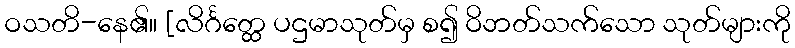
ဝသတိ-နေ၏။ [လိင်္ဂတ္ထေ ပဌမာသုတ်မှ စ၍ ဝိဘတ်သက်သော သုတ်များကို